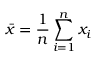
{ \bar { x } } = { \frac { 1 } { n } } \sum _ { i = 1 } ^ { n } x _ { i }